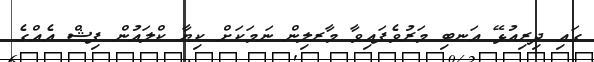
ގައި ދިރިއުޅޭ އަނބި މަރުވެފައިވާ މާރލިން ނަމަކަށް ކިޔާ ކްލައުން ފިޝް އެއްގެ